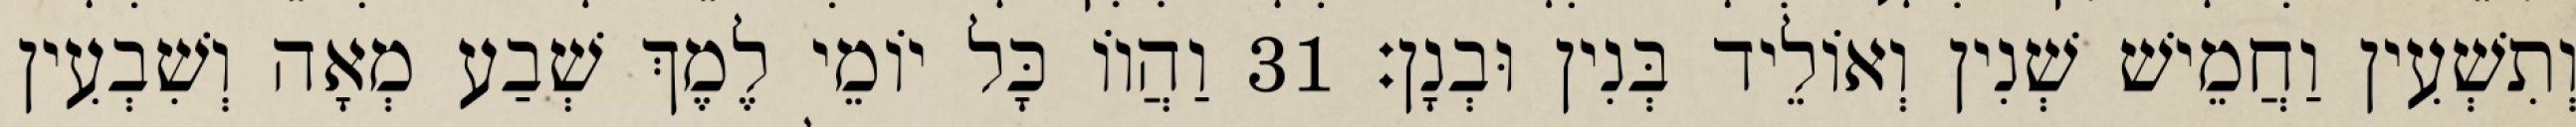
וְתִשְׁעִין וַחֲמֵישׁ שְׁנִין וְאוֹלֵיד בְּנִין וּבְנָן׃ 31 וַהֲווֹ כָּל יוֹמֵי לֶמֶךְ שְׁבַע מְאָה וְשִׁבְעִין